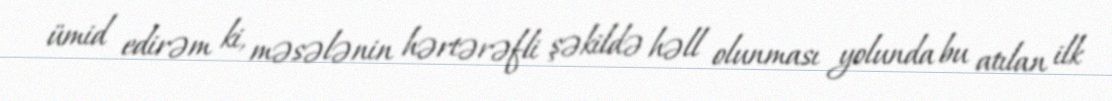
ümid edirəm ki, məsələnin hərtərəfli şəkildə həll olunması yolunda bu atılan ilk